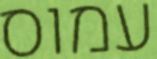
עמוס